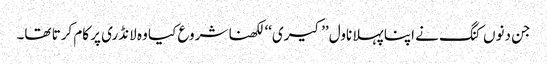
جن دنوں کنگ نے اپنا پہلا ناول ’’کیری‘‘ لکھنا شروع کیا وہ لانڈری پر کام کرتا تھا۔